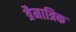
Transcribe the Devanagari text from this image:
त्रैमात्रिक